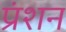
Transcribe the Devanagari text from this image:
प्रंशन